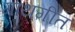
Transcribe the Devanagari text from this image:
गाथगीत